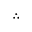
\therefore